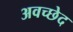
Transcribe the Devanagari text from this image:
अवच्छेद